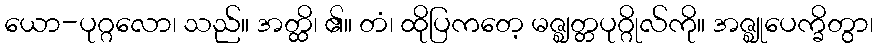
ယော-ပုဂ္ဂလော၊ သည်။ အတ္ထိ၊ ၏။ တံ၊ ထိုပြကတေ့ မဇ္ဈတ္တပုဂ္ဂိုလ်ကို။ အဇ္ဈုပေက္ခိတွာ၊